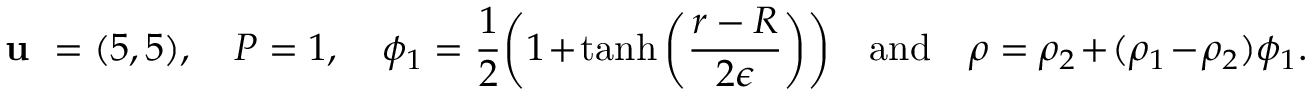
\textbf { u } = ( 5 , 5 ) , \quad P = 1 , \quad \phi _ { 1 } = \frac { 1 } { 2 } \bigg ( 1 + \operatorname { t a n h } \bigg ( \frac { r - R } { 2 \epsilon } \bigg ) \bigg ) \quad \mathrm { a n d } \quad \rho = \rho _ { 2 } + ( \rho _ { 1 } - \rho _ { 2 } ) \phi _ { 1 } .